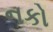
નકો